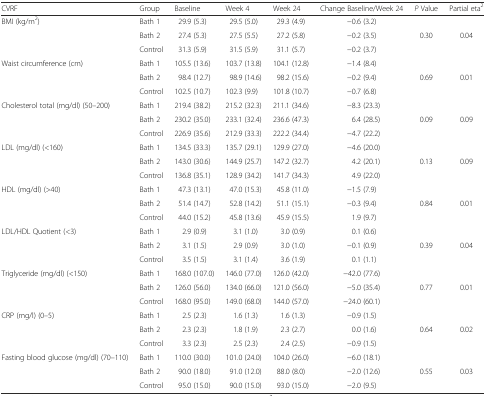
<table><thead><tr><td><b>CVRF</b></td><td><b>Group</b></td><td><b>Baseline</b></td><td><b>Week 4</b></td><td><b>Week 24</b></td><td><b>Change Baseline/Week 24</b></td><td><b><i>P</i> Value</b></td><td><b>Partial eta<sup>2</sup></b></td></tr></thead><tbody><tr><td rowspan="3">BMI (kg/m<sup>2</sup>)</td><td>Bath 1</td><td>29.9 (5.3)</td><td>29.5 (5.0)</td><td>29.3 (4.9)</td><td>−0.6 (3.2)</td><td></td><td></td></tr><tr><td>Bath 2</td><td>27.4 (5.3)</td><td>27.5 (5.5)</td><td>27.2 (5.8)</td><td>−0.2 (3.5)</td><td>0.30</td><td>0.04</td></tr><tr><td>Control</td><td>31.3 (5.9)</td><td>31.5 (5.9)</td><td>31.1 (5.7)</td><td>−0.2 (3.7)</td><td></td><td></td></tr><tr><td rowspan="3">Waist circumference (cm)</td><td>Bath 1</td><td>105.5 (13.6)</td><td>103.7 (13.8)</td><td>104.1 (12.8)</td><td>−1.4 (8.4)</td><td></td><td></td></tr><tr><td>Bath 2</td><td>98.4 (12.7)</td><td>98.9 (14.6)</td><td>98.2 (15.6)</td><td>−0.2 (9.4)</td><td>0.69</td><td>0.01</td></tr><tr><td>Control</td><td>102.5 (10.7)</td><td>102.3 (9.9)</td><td>101.8 (10.7)</td><td>−0.7 (6.8)</td><td></td><td></td></tr><tr><td rowspan="3">Cholesterol total (mg/dl) (50–200)</td><td>Bath 1</td><td>219.4 (38.2)</td><td>215.2 (32.3)</td><td>211.1 (34.6)</td><td>−8.3 (23.3)</td><td></td><td></td></tr><tr><td>Bath 2</td><td>230.2 (35.0)</td><td>233.1 (32.4)</td><td>236.6 (47.3)</td><td>6.4 (28.5)</td><td>0.09</td><td>0.09</td></tr><tr><td>Control</td><td>226.9 (35.6)</td><td>212.9 (33.3)</td><td>222.2 (34.4)</td><td>−4.7 (22.2)</td><td></td><td></td></tr><tr><td rowspan="3">LDL (mg/dl) (&lt;160)</td><td>Bath 1</td><td>134.5 (33.3)</td><td>135.7 (29.1)</td><td>129.9 (27.0)</td><td>−4.6 (20.0)</td><td></td><td></td></tr><tr><td>Bath 2</td><td>143.0 (30.6)</td><td>144.9 (25.7)</td><td>147.2 (32.7)</td><td>4.2 (20.1)</td><td>0.13</td><td>0.09</td></tr><tr><td>Control</td><td>136.8 (35.1)</td><td>128.9 (34.2)</td><td>141.7 (34.3)</td><td>4.9 (22.0)</td><td></td><td></td></tr><tr><td rowspan="3">HDL (mg/dl) (&gt;40)</td><td>Bath 1</td><td>47.3 (13.1)</td><td>47.0 (15.3)</td><td>45.8 (11.0)</td><td>−1.5 (7.9)</td><td></td><td></td></tr><tr><td>Bath 2</td><td>51.4 (14.7)</td><td>52.8 (14.2)</td><td>51.1 (15.1)</td><td>−0.3 (9.4)</td><td>0.84</td><td>0.01</td></tr><tr><td>Control</td><td>44.0 (15.2)</td><td>45.8 (13.6)</td><td>45.9 (15.5)</td><td>1.9 (9.7)</td><td></td><td></td></tr><tr><td rowspan="3">LDL/HDL Quotient (&lt;3)</td><td>Bath 1</td><td>2.9 (0.9)</td><td>3.1 (1.0)</td><td>3.0 (0.9)</td><td>0.1 (0.6)</td><td></td><td></td></tr><tr><td>Bath 2</td><td>3.1 (1.5)</td><td>2.9 (0.9)</td><td>3.0 (1.0)</td><td>−0.1 (0.9)</td><td>0.39</td><td>0.04</td></tr><tr><td>Control</td><td>3.5 (1.5)</td><td>3.1 (1.4)</td><td>3.6 (1.9)</td><td>0.1 (1.1)</td><td></td><td></td></tr><tr><td rowspan="3">Triglyceride (mg/dl) (&lt;150)</td><td>Bath 1</td><td>168.0 (107.0)</td><td>146.0 (77.0)</td><td>126.0 (42.0)</td><td>−42.0 (77.6)</td><td></td><td></td></tr><tr><td>Bath 2</td><td>126.0 (56.0)</td><td>134.0 (66.0)</td><td>121.0 (56.0)</td><td>−5.0 (35.4)</td><td>0.77</td><td>0.01</td></tr><tr><td>Control</td><td>168.0 (95.0)</td><td>149.0 (68.0)</td><td>144.0 (57.0)</td><td>−24.0 (60.1)</td><td></td><td></td></tr><tr><td rowspan="3">CRP (mg/l) (0–5)</td><td>Bath 1</td><td>2.5 (2.3)</td><td>1.6 (1.3)</td><td>1.6 (1.3)</td><td>−0.9 (1.5)</td><td></td><td></td></tr><tr><td>Bath 2</td><td>2.3 (2.3)</td><td>1.8 (1.9)</td><td>2.3 (2.7)</td><td>0.0 (1.6)</td><td>0.64</td><td>0.02</td></tr><tr><td>Control</td><td>3.3 (2.3)</td><td>2.5 (2.3)</td><td>2.4 (2.5)</td><td>−0.9 (1.5)</td><td></td><td></td></tr><tr><td rowspan="3">Fasting blood glucose (mg/dl) (70–110)</td><td>Bath 1</td><td>110.0 (30.0)</td><td>101.0 (24.0)</td><td>104.0 (26.0)</td><td>−6.0 (18.1)</td><td></td><td></td></tr><tr><td>Bath 2</td><td>90.0 (18.0)</td><td>91.0 (12.0)</td><td>88.0 (8.0)</td><td>−2.0 (12.6)</td><td>0.55</td><td>0.03</td></tr><tr><td>Control</td><td>95.0 (15.0)</td><td>90.0 (15.0)</td><td>93.0 (15.0)</td><td>−2.0 (9.5)</td><td></td><td></td></tr></tbody></table>